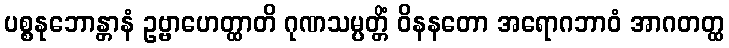
ပစ္စနုဘောန္တာနံ ဥဗ္ဗာဟေတ္ထာတိ ဂုဏသမ္ပတ္တိံ ဝိနနတော အရောဂဘာဝံ အာဂတတ္ထ